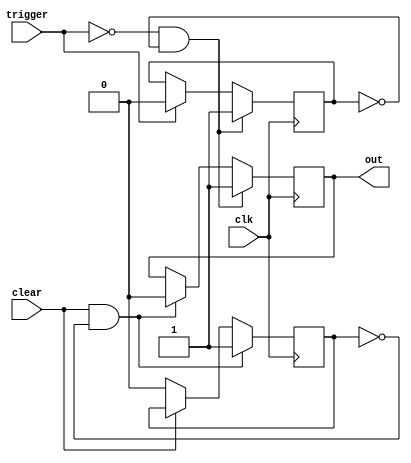
module falling_edge_detector (
	input clk,
	input trigger,
	input clear,
	
	output reg out
);

reg clear_lockout = 1'b0;
reg trigger_lockout = 1'b0;

initial out = 1'b0;

// Out will go high on falling edge of trigger, no matter what state clear is in.
// Clear will only clear out on a rising edge.
// If trigger and clear happen, trigger will take priority, and out will go/stay high.
always @(negedge clk) begin
		
	if(clear && !clear_lockout) begin
		out = 1'b0;
		clear_lockout = 1'b1;
	end else if(!clear)
		clear_lockout = 1'b0;
		
	if(!trigger && !trigger_lockout) begin
		out = 1'b1;
		trigger_lockout = 1'b1;
	end else if(trigger)
		trigger_lockout = 1'b0;
		
end

endmodule